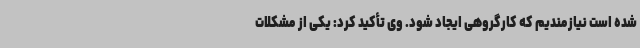
شده است نیازمندیم که کارگروهی ایجاد شود. وی تأکید کرد: یکی از مشکلات